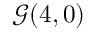
{ \mathcal { G } } ( 4 , 0 )